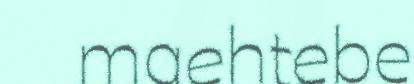
maehtebe